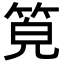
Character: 𥭨